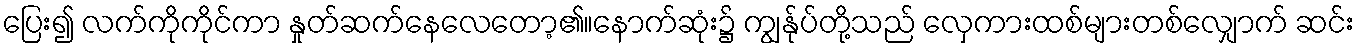
ပြေး၍ လက်ကိုကိုင်ကာ နှုတ်ဆက်နေလေတော့၏။နောက်ဆုံး၌ ကျွန်ုပ်တို့သည် လှေကားထစ်များတစ်လျှောက် ဆင်း